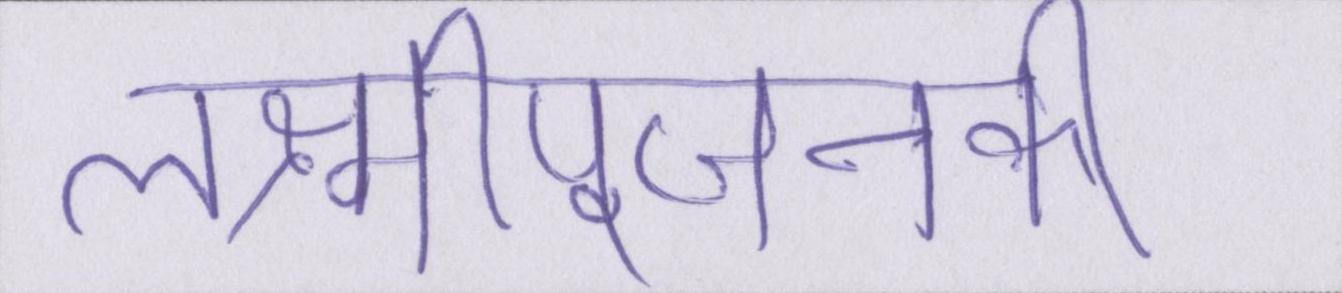
लक्ष्मीपूजनकी